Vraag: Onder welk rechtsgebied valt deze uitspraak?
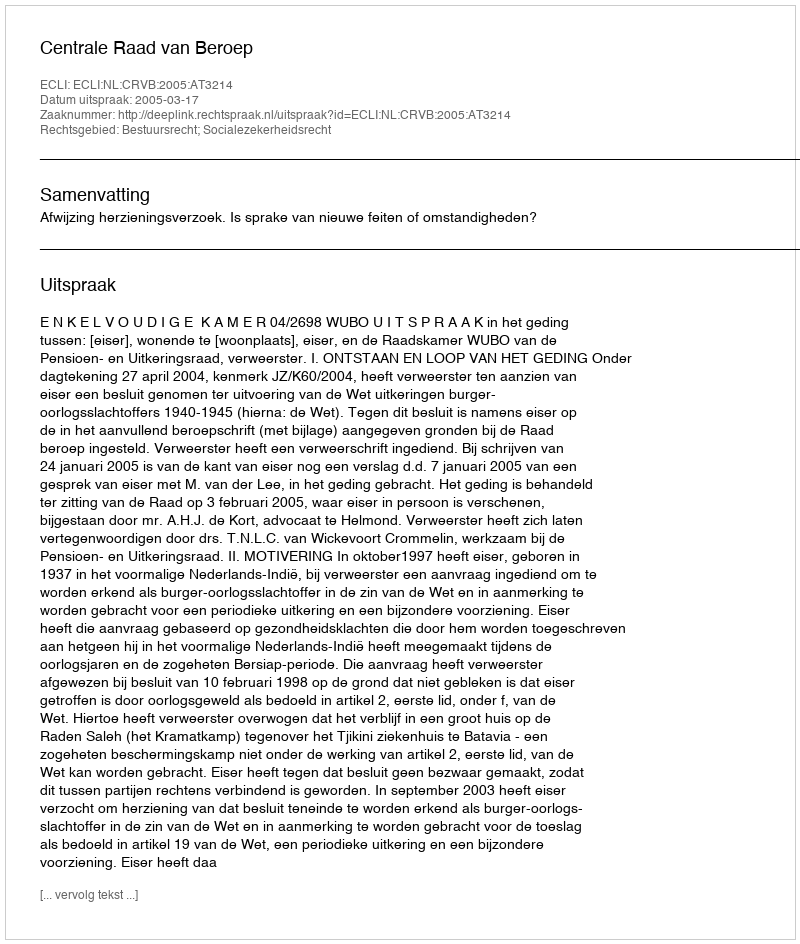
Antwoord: Bestuursrecht; Socialezekerheidsrecht